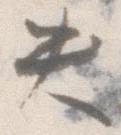
失